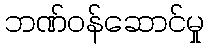
ဘဏ်ဝန်ဆောင်မှု